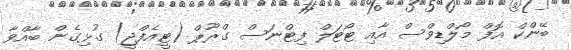
ބޭންކް އޮފް މޯލްޑިވްސް އާއި ޓޯޓަލް ފިޓްނަސް ގްރޫޕް (ޓީއެފްޖީ) ގުޅިގެން ބާއްވާ